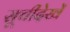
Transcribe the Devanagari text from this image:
सूचीदेखें